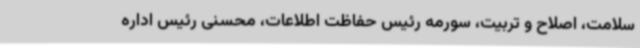
سلامت، اصلاح و تربیت، سورمه رئیس حفاظت اطلاعات، محسنی رئیس اداره